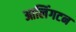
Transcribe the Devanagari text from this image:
आलिंगटन